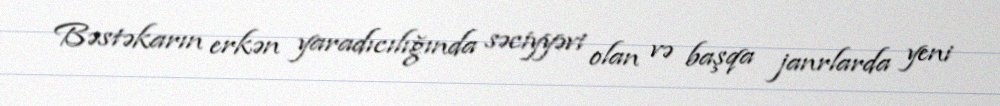
Bəstəkarın erkən yaradıcılığında səciyyəvi olan və başqa janrlarda yeni